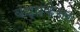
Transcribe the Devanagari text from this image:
वंध्यकेसर